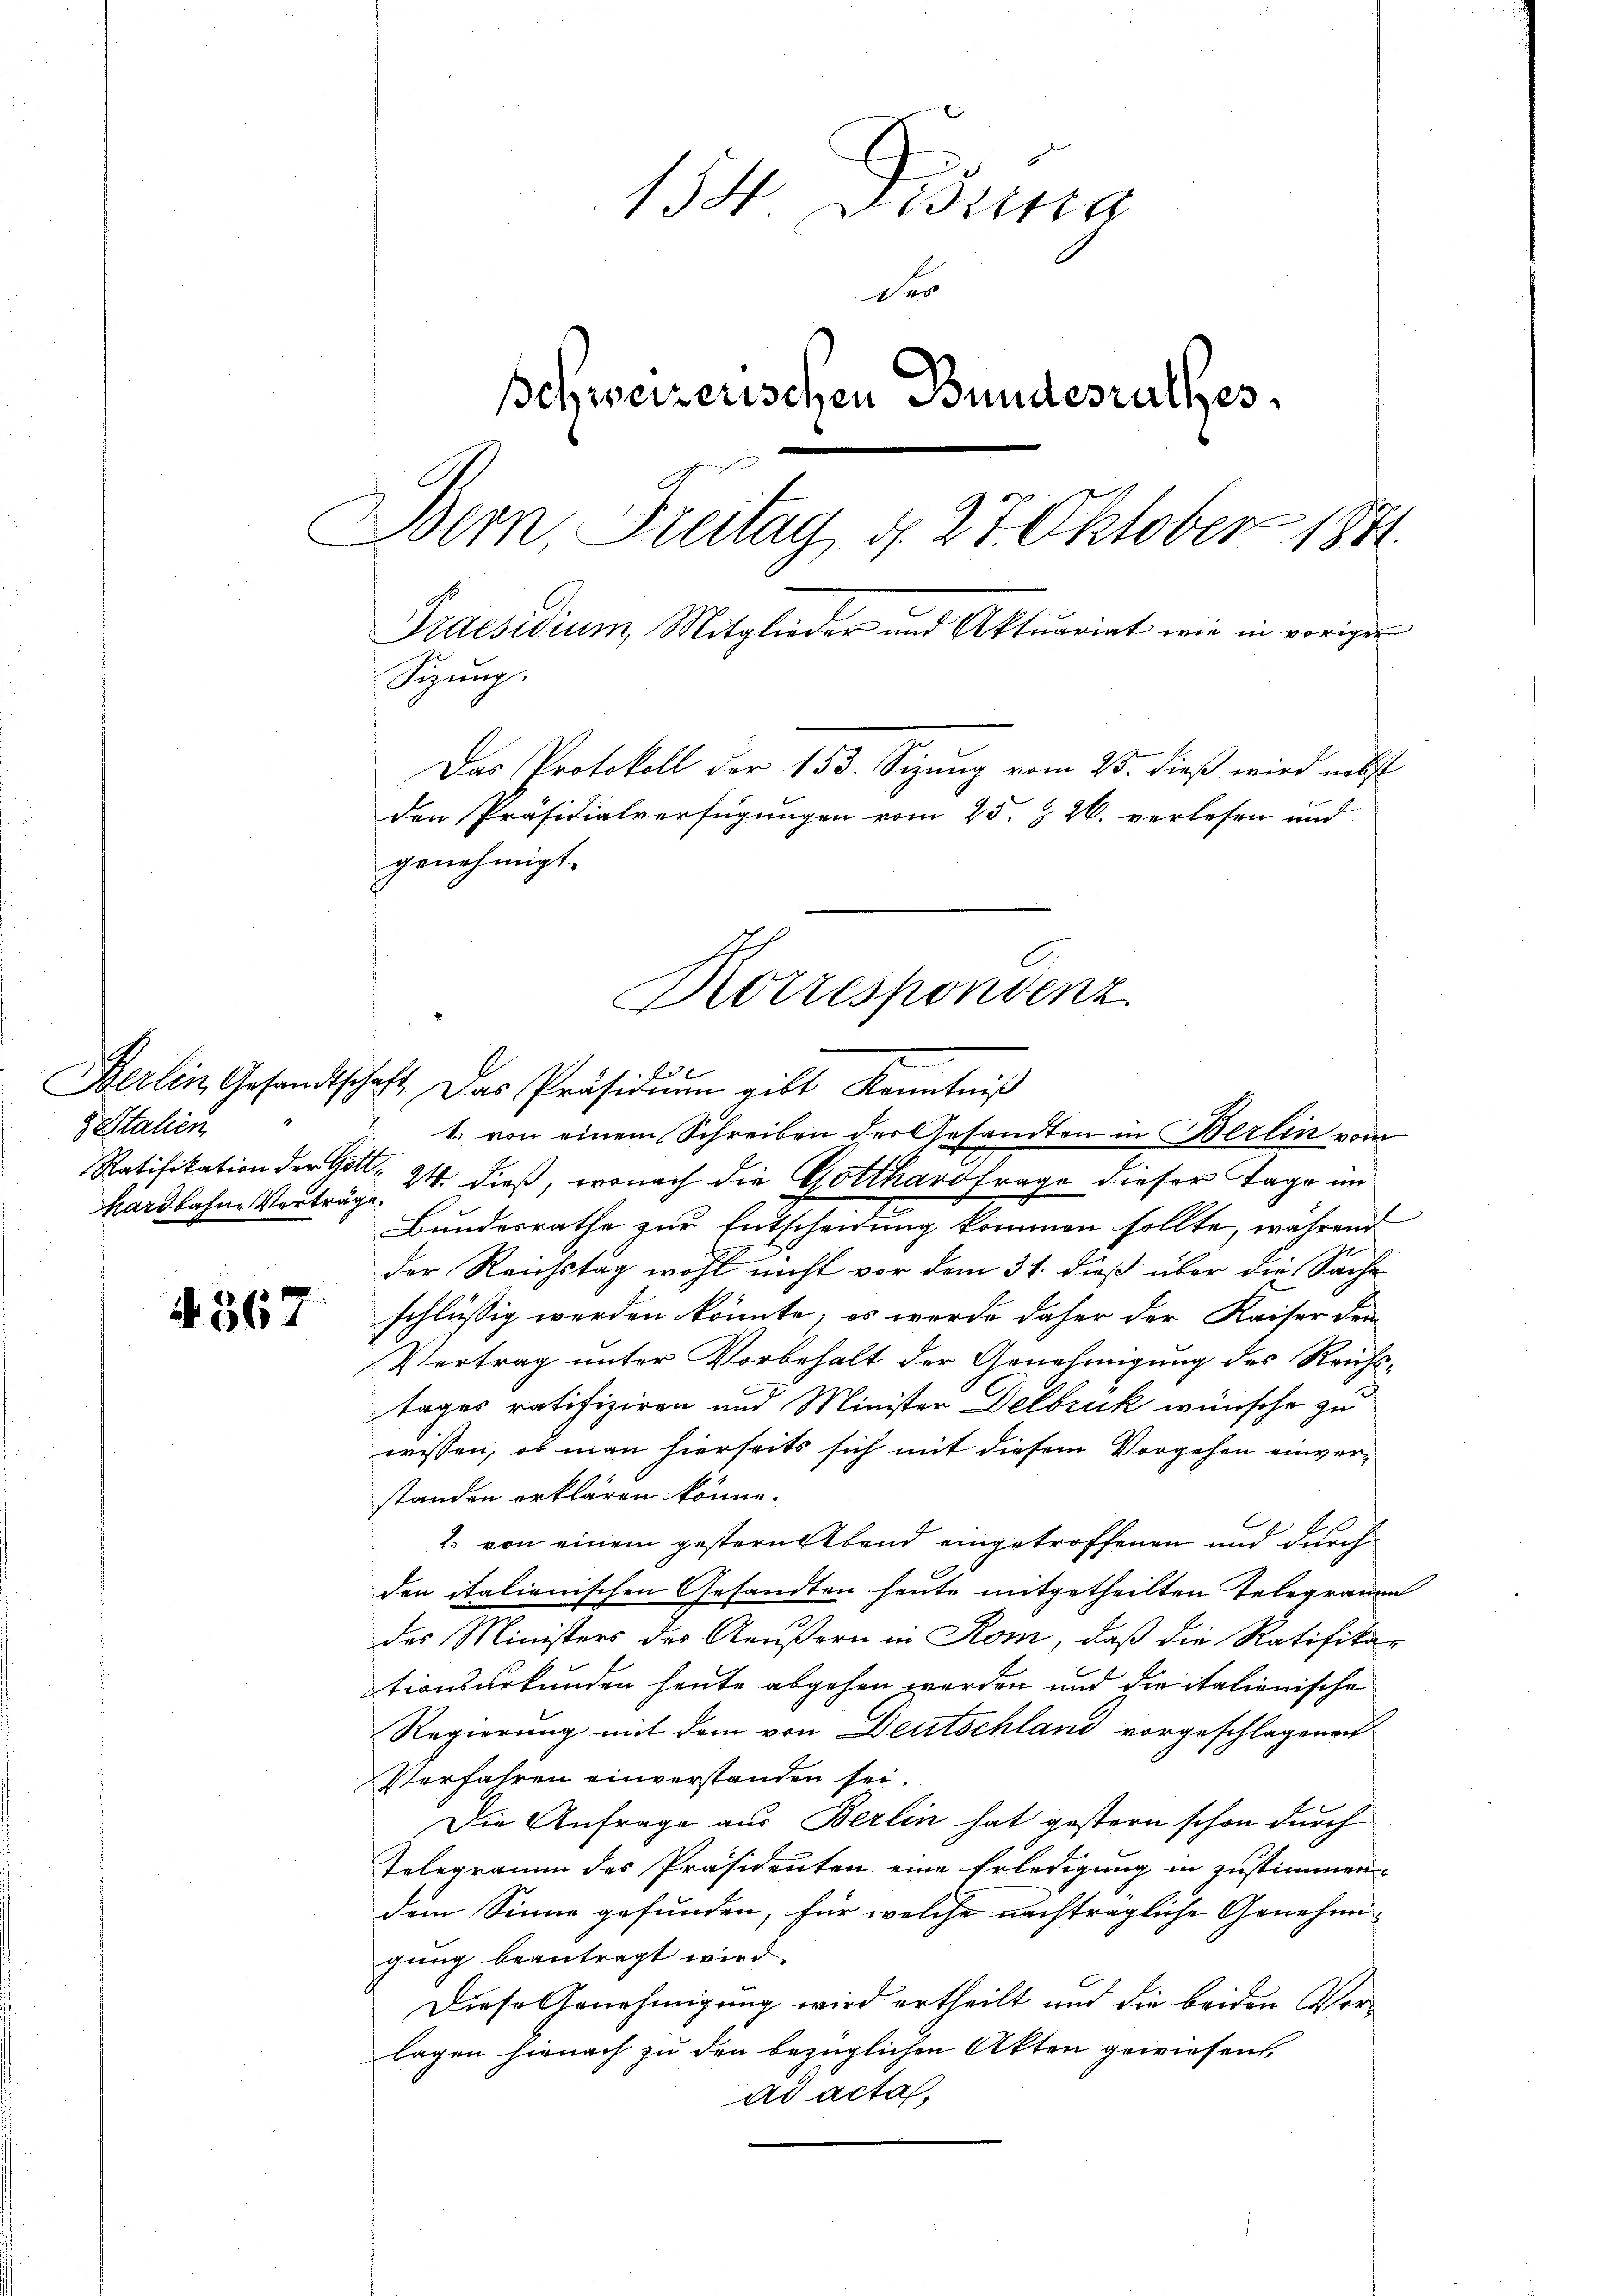
Italien
hardbahne Verträge.

A 367

154. Disung
der
Schweizerischen Bundesrathes
Bern, Freitag d. 27 Oktober 1841.
Praesidium Mitglieder und Aktuariat wie in voriger
Sizung.
Das Protokoll der 153. Sizung vom 25. dieß wird nebst
den Präsidialverfügungen vom 25. Z. 26. verlesen und
genehmigt.

Berlin Gesandtschaft. Das Präsidium gibt Kenntniß
1. von einem Schreiben der Gesandten in Berlin vom
Ratifikation der Gott 24 dieß, wonach die Gotthardfrage dieser Tage im
Bundesrathe zur Entscheidung kommen sollte, während
der Reichstag wohl nicht vor dem 31. dieß über die Sache
schlüssig werden könnte; es werde daher der Kaiser den
Vertrag unter Vorbehalt der Genehmigung des Reichstages ratifiziren und Minister Delbrück wünsche zu
wissen, ob man hierseits sich mit diesem Vorgehen einverstanden erklären könne.
2. von einem gestern Abend eingetroffenen und durch
den italienischen Gesandten heute mitgetheilten Telegramm
des Ministers des Aeußern in Rom, daß die Ratifikar
tionsurkunden heute abgehen worden und die italienische
Regierung mit dem von Deutschland vorgeschlagenen
Verfahren einverstanden sei.
Die Anfrage aus Berlin hat gestern schon durch
Telegramm des Präsidenten eine Erledigung in zustimmen-
dem Sinne gefunden, für welche nachträgliche Genehmigung beantragt wird.
Diese Genehmigung wird ertheilt und die beiden Vorlagen hienach zu den bezüglichen Akten gewiesen,
ad acta,

Korrespondenz
f